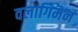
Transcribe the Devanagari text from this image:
वलागिमन